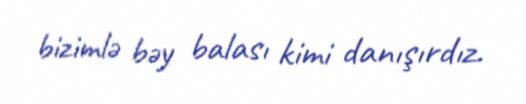
bizimlə bəy balası kimi danışırdız.